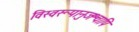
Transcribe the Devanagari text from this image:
विस्वरूपानुजश्चापि